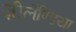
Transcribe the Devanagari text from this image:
ज़ीलैण्डिया